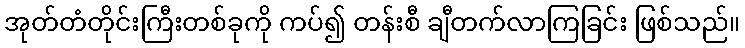
အုတ်တံတိုင်းကြီးတစ်ခုကို ကပ်၍ တန်းစီ ချီတက်လာကြခြင်း ဖြစ်သည်။